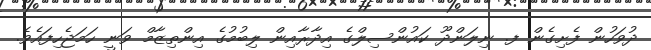
ދުވަހުން ފެށިގެން ފ. ނިލަންދޫ ކައުންސިލްގެ އިދާރާއިން ލިބުމުގެ އިންތިޒާމް ވަނީ ހަމަޖެހިފައެވެ.